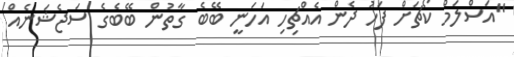
"އަސްލަމް ކޯޗަށް ފަހު ދެން އެއްޗިހި އަހަނީ ބޭބެ ގާތުން ބޭބެގެ ސަޖެޝަނެއް